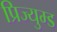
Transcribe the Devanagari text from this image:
प्रिज्युम्ड